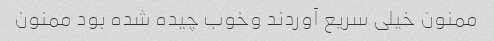
ممنون خیلی سریع آوردند وخوب چیده شده بود ممنون